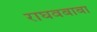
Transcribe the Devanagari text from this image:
राघवबाबा